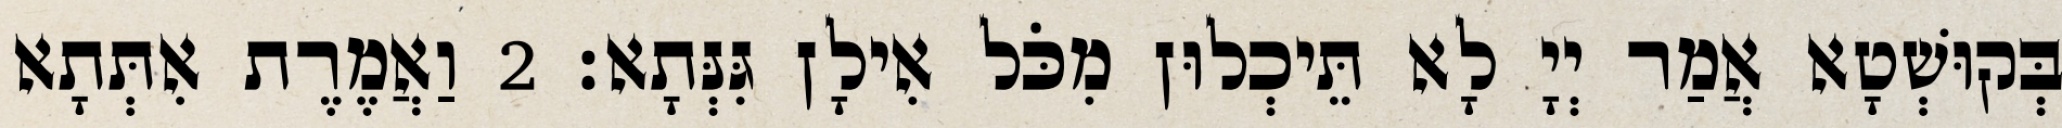
בְּקוּשְׁטָא אֲמַר יְיָ לָא תֵּיכְלוּן מִכֹּל אִילָן גִּנְּתָא׃ 2 וַאֲמֶרֶת אִתְּתָא